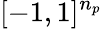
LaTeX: [-1,1]^{n_{p}}